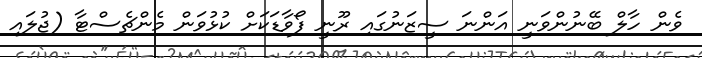
ވެން ހާލް ބޭނުންވަނީ އަންނަ ސީޒަނުގައި ރޫނީ ފޯވާޑަކަށް ކުޅުވަން މެންޗެސްޓާ (ޖުލައި